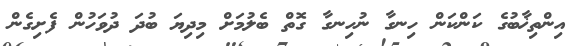
އިންތިޚާބުގެ ކަންކަން ހިނގާ ނުހިނގާ ގޮތް ބެލުމަށް މިދިޔަ ބުދަ ދުވަހުން ފެށިގެން